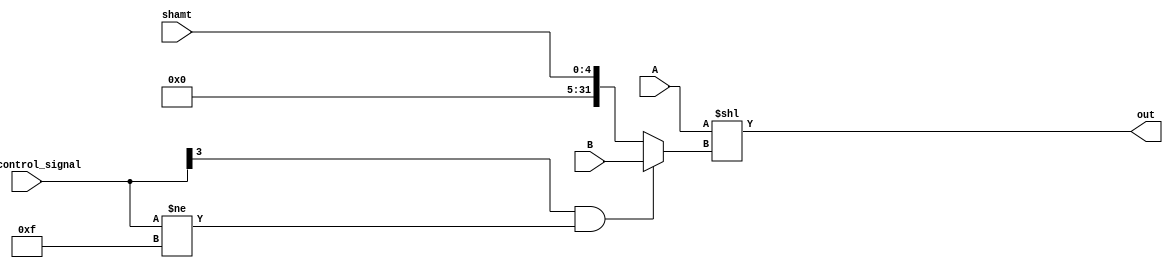
`timescale 1ns/1ps

module LeftShifter(
    input [31:0] A,
    input [31:0] B,
    input [3:0] alu_control_signal,
    input [4:0] shamt,
    output [31:0] out
);
    wire [31:0] shift_amt;
    assign shift_amt = (alu_control_signal[3] == 1'b1 && alu_control_signal != 4'b1111) ? B : {27'b0,shamt};
    assign out = A << shift_amt;

endmodule